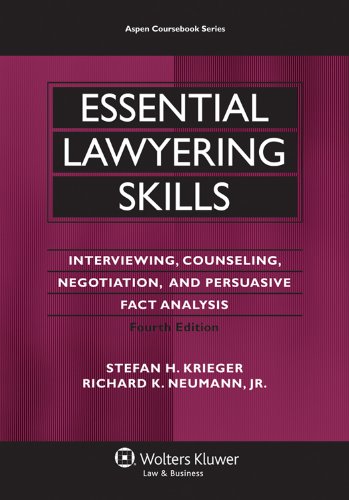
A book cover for Essential Lawyering Skills, 4th Edition (Aspen Coursebooks); Stefan H. Krieger; Law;